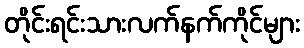
တိုင်းရင်းသားလက်နက်ကိုင်များ